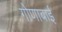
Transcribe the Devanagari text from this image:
गोणाबाई